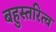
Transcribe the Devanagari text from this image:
बहुस्तरित्व